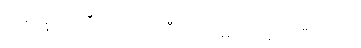
အက္ခော ဝိဘီတကော တီသု၊ အမတာ’မလကီ တိသု။